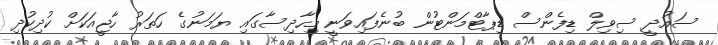
ސައުދީ ސިވިލް ޑިފެންސް ޑިޕާޓްމަންޓުން ބުނެފައިވަނީ މިހާދިސާގައި ޔަމަނުގެ ހަތަރު ހާޖީއަކަށް ކުދިކުދި